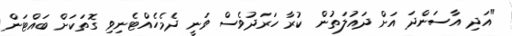
"އަދި އާސަންދަ އަށް ދައުލަތުން ކުރާ ހަރަދުވެސް ވަނީ ދެމެހެއްޓެނިވި ގޮތަކަށް ބައްޓަން